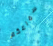
سماعكم